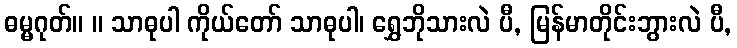
ဓမ္မဂုတ်။ ။ သာဓုပါ ကိုယ်တော် သာဓုပါ၊ ရွှေဘိုသားလဲ ပီ, မြန်မာတိုင်းဘွားလဲ ပီ,